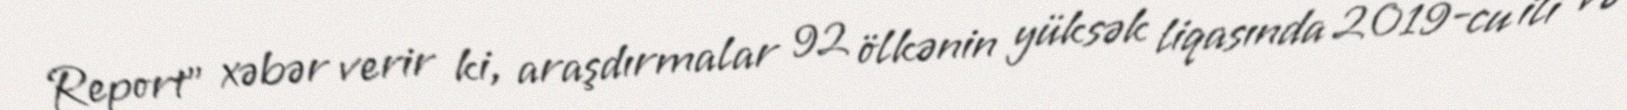
Report" xəbər verir ki, araşdırmalar 92 ölkənin yüksək liqasında 2019-cu ili və